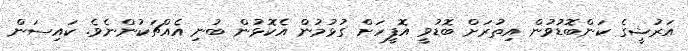
އަރުޝީގެ ކަންބޮޑުވުން އިތުރަށް ބޮޑުވީ އޮފީހަށް ގުޅުމުން އެކޮޅުން ބުނި އެއްޗަކުންނެވެ. ކައިސަން